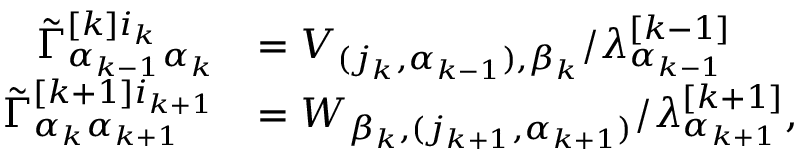
\begin{array} { r l } { \Tilde { \Gamma } _ { \alpha _ { k - 1 } \alpha _ { k } } ^ { [ k ] i _ { k } } } & { = V _ { ( j _ { k } , \alpha _ { k - 1 } ) , \beta _ { k } } / \lambda _ { \alpha _ { k - 1 } } ^ { [ k - 1 ] } } \\ { \Tilde { \Gamma } _ { \alpha _ { k } \alpha _ { k + 1 } } ^ { [ k + 1 ] i _ { k + 1 } } } & { = W _ { \beta _ { k } , ( j _ { k + 1 } , \alpha _ { k + 1 } ) } / \lambda _ { \alpha _ { k + 1 } } ^ { [ k + 1 ] } , } \end{array}